Lunatic asylums Madras 1877-1891 - 1877-1891
Year: 1877
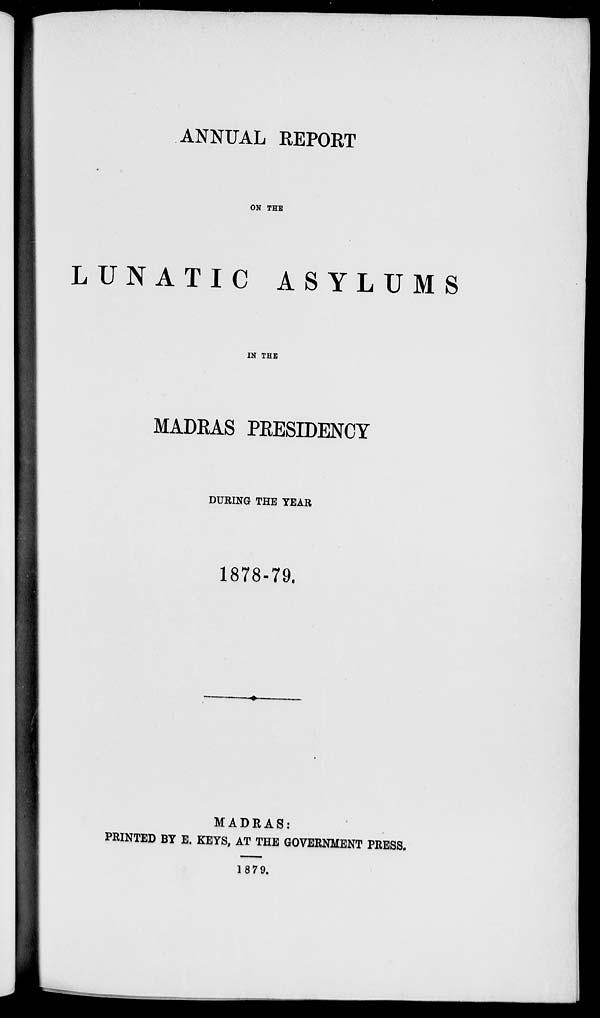
ANNUAL REPORT
ON THE
LUNATIC
ASYLUMS
IN THE
MADRAS PRESIDENCY
DURING THE YEAR
1878-79.
MADRAS:
PRINTED BY E. KEYS, AT THE GOVERNMENT PRESS.
1879.